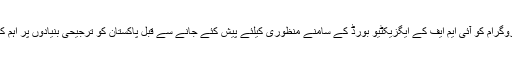
ستمبر کے ابتداء میں پروگرام کو آئی ایم ایف کے ایگزیکٹیو بورڈ کے سامنے منظوری کیلئے پیش کئے جانے سے قبل پاکستان کو ترجیحی بنیادوں پر اہم کارروائیاں کرنا ہوں گی۔